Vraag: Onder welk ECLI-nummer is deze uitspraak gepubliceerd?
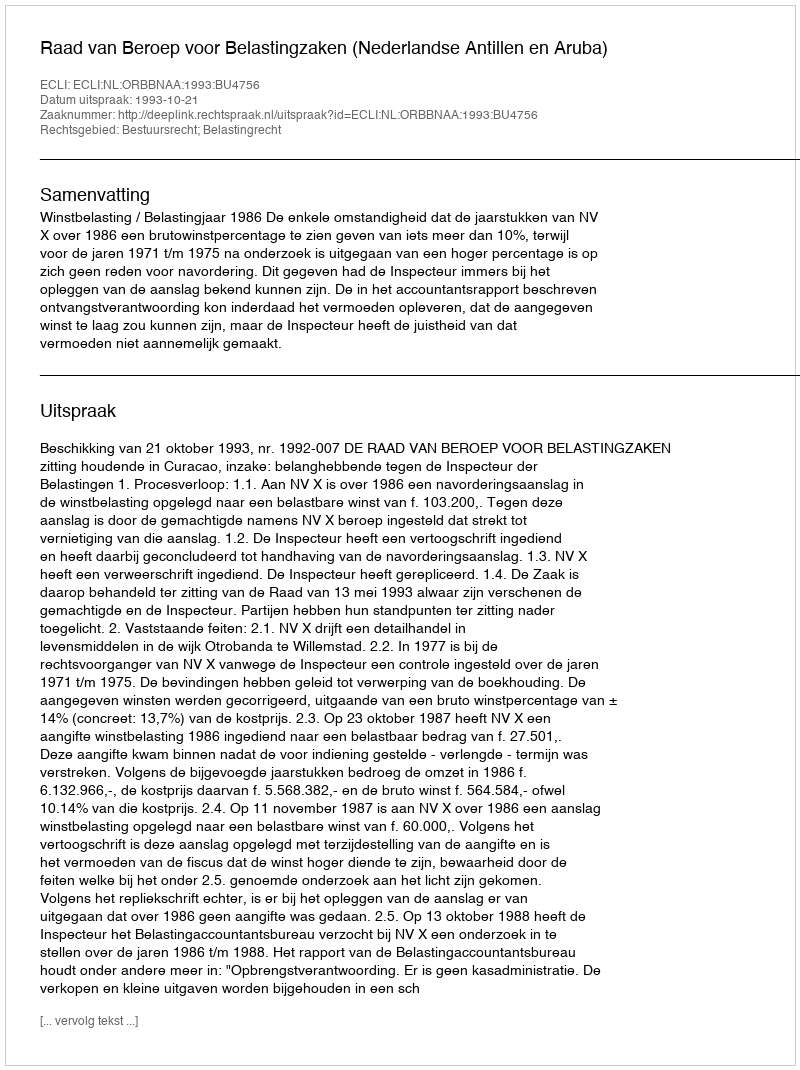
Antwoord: ECLI:NL:ORBBNAA:1993:BU4756